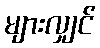
များလျှင်